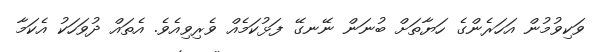
ވަކިވުމުން އަހަރެންގެ ހަޔާތަށް ބުނަން ނޭނގޭ ފަޅުކަމެއް ވެރިވިއެވެ. އެތައް ދުވަހަކު އެކަމާ